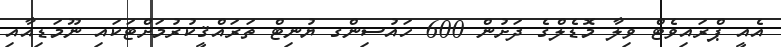
އެއީ ޕްރައިވެޓް ވިލާ މޮޑެލްގެ ދަށުން 600 ހައުސިންގ ޔުނިޓް ތަރައްޤީކުރުމަށްޓަކައި ނޫމަޑިއާއި